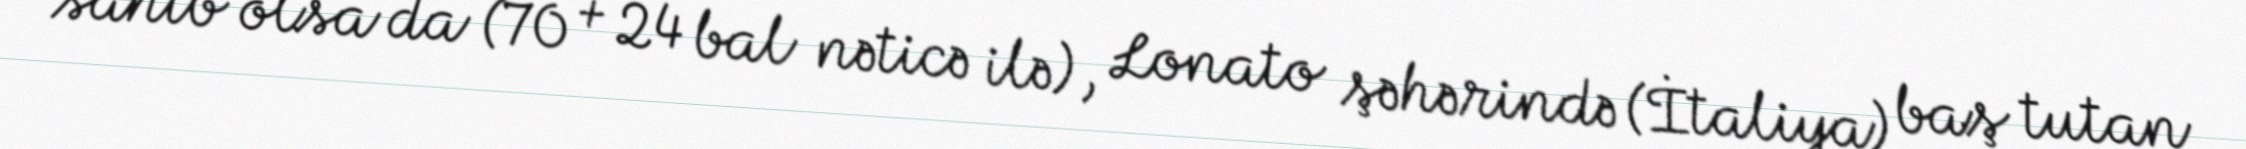
sahib olsa da (70 + 24 bal nəticə ilə), Lonato şəhərində (İtaliya) baş tutan